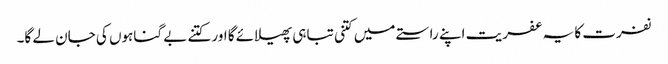
نفرت کا یہ عفریت اپنے راستے میں کتنی تباہی پھیلائے گا اور کتنے بے گناہوں کی جان لے گا۔